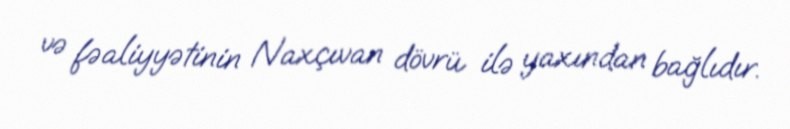
və fəaliyyətinin Naxçıvan dövrü ilə yaxından bağlıdır.